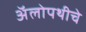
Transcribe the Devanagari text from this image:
अॅलोपथीचे